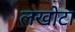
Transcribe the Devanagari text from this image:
लखोटा